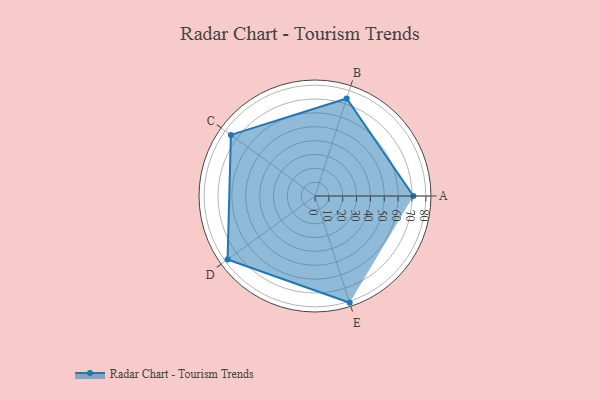
{"axis": {"x": "Skill", "y": "Score"}, "legend": ["Profile"], "data": [{"x": "A", "y": 71.0, "type": "Profile"}, {"x": "B", "y": 74.0, "type": "Profile"}, {"x": "C", "y": 75.0, "type": "Profile"}, {"x": "D", "y": 78.0, "type": "Profile"}, {"x": "E", "y": 81.0, "type": "Profile"}]}